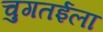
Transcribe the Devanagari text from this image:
चुगतईला